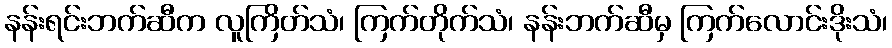
နန်းရင်းဘက်ဆီက လူကြိတ်သံ၊ ကြက်တိုက်သံ၊ နန်းဘက်ဆီမှ ကြက်လောင်းဒိုးသံ၊